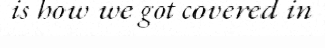
is how we got covered in